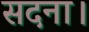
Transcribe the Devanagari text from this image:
सदना।